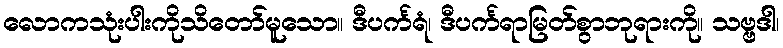
လောကသုံးပါးကိုသိတော်မူသော။ ဒီပင်္ကရံ၊ ဒီပင်္ကရာမြတ်စွာဘုရားကို။ သဗ္ဗဒါ၊